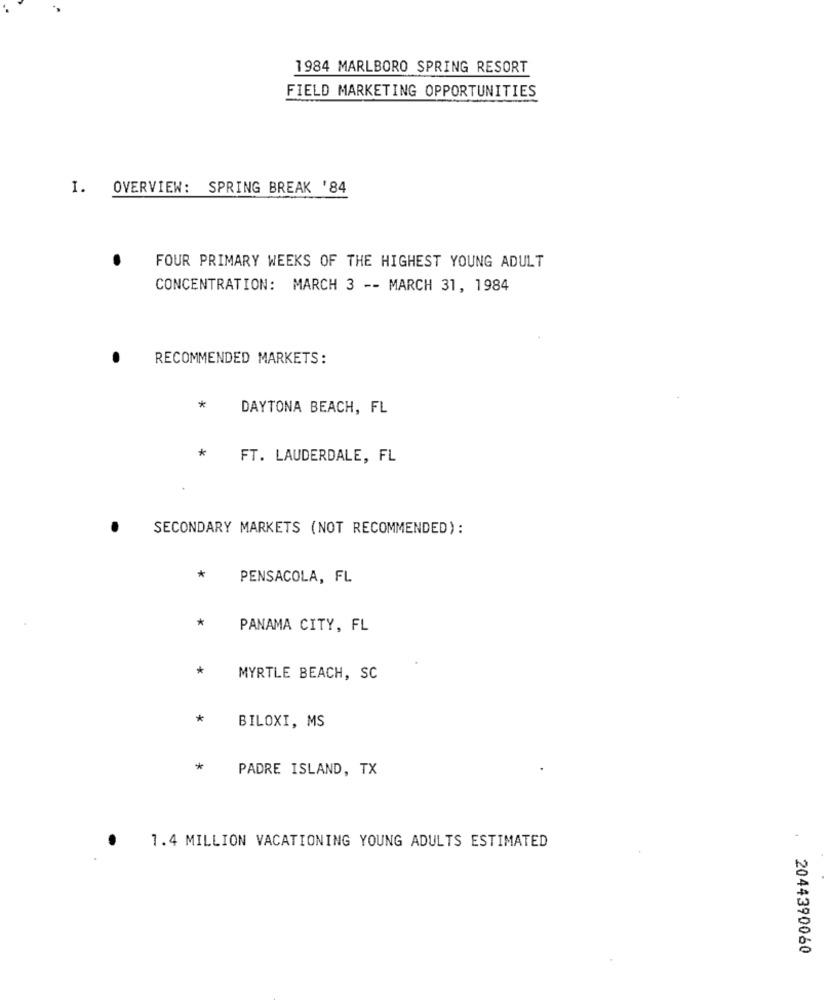
1984 MARLBORO SPRING RESORT
FIELD MARKETING OPPORTUNITIES
I. OVERVIEW: SPRING BREAK '84
FOUR PRIMARY WEEKS OF THE HIGHEST YOUNG ADULT
CONCENTRATION: MARCH 3 -- MARCH 31, 1984
RECOMMENDED MARKETS:
*
DAYTONA BEACH, FL
*
FT. LAUDERDALE, FL
SECONDARY MARKETS (NOT RECOMMENDED):
*
PENSACOLA, FL
*
PANAMA CITY, FL
*
MYRTLE BEACH, SC
*
BILOXI, MS
*
PADRE ISLAND, TX
1.4 MILLION VACATIONING YOUNG ADULTS ESTIMATED
2044390060